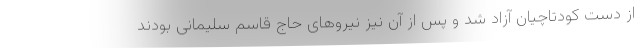
از دست کودتاچیان آزاد شد و پس از آن نیز نیروهای حاج قاسم سلیمانی بودند